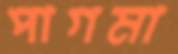
পাগমা